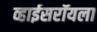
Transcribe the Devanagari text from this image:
व्हाईसरॉयला